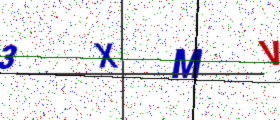
Text: 3XMV